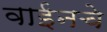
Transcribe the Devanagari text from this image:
वाईनचे